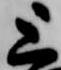
上